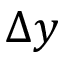
\Delta y